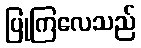
ပြုကြလေသည်